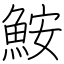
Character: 鮟